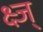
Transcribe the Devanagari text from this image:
क्ष्ज्